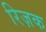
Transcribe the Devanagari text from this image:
रिज़क